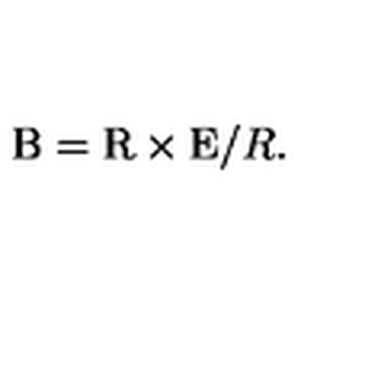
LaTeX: \mathrm { \boldmath B } = \mathrm { \boldmath R \times E } / R .